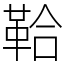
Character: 鞈